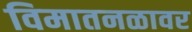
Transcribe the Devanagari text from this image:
विमातनळावर